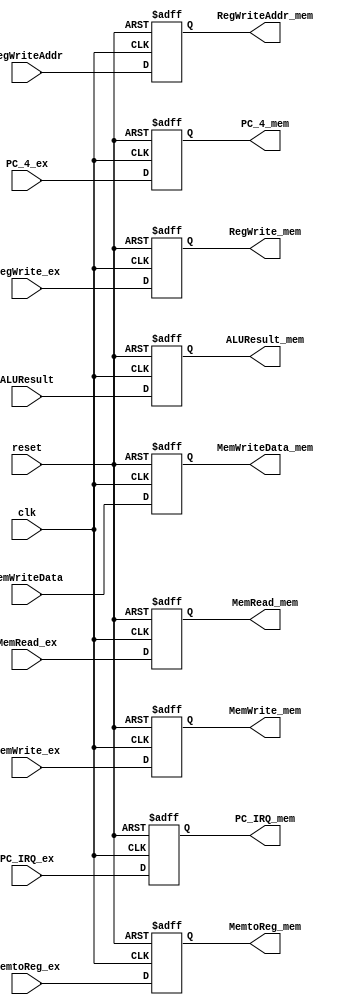
module EX_MEM_P(reset,clk,MemWrite_ex,MemWrite_mem,MemRead_ex,MemRead_mem,ALUResult,ALUResult_mem,MemtoReg_ex,
              MemtoReg_mem,RegWrite_ex,RegWrite_mem,RegWriteAddr,RegWriteAddr_mem, MemWriteData,MemWriteData_mem,PC_4_ex,PC_4_mem,PC_IRQ_ex,PC_IRQ_mem);
  input clk,reset,RegWrite_ex,MemRead_ex,MemWrite_ex;
  input [1:0]MemtoReg_ex;
  input [4:0]RegWriteAddr;
  input [31:0]MemWriteData,PC_4_ex,ALUResult,PC_IRQ_ex;
  output reg [1:0]MemtoReg_mem;
  output reg [4:0]RegWriteAddr_mem;
  output reg RegWrite_mem,MemRead_mem,MemWrite_mem;
  output reg [31:0]MemWriteData_mem,PC_4_mem,ALUResult_mem,PC_IRQ_mem;
  always@(posedge reset or posedge clk)
  begin
    if(reset)
      begin
        MemWriteData_mem<=0;
        MemRead_mem<=0;
        MemWrite_mem<=0;
        MemtoReg_mem<=0;
        RegWrite_mem<=0;
        PC_4_mem<=0;
        ALUResult_mem<=0;
        PC_IRQ_mem<=0;
        RegWriteAddr_mem<=0;
      end
    else
      begin
        MemWriteData_mem<=MemWriteData;
        MemRead_mem<=MemRead_ex;
        MemWrite_mem<=MemWrite_ex;
        MemtoReg_mem<=MemtoReg_ex;
        RegWrite_mem<=RegWrite_ex;
        PC_4_mem<=PC_4_ex;
        ALUResult_mem<=ALUResult;
        PC_IRQ_mem<=PC_IRQ_ex;
        RegWriteAddr_mem<=RegWriteAddr;
      end
  end
endmodule